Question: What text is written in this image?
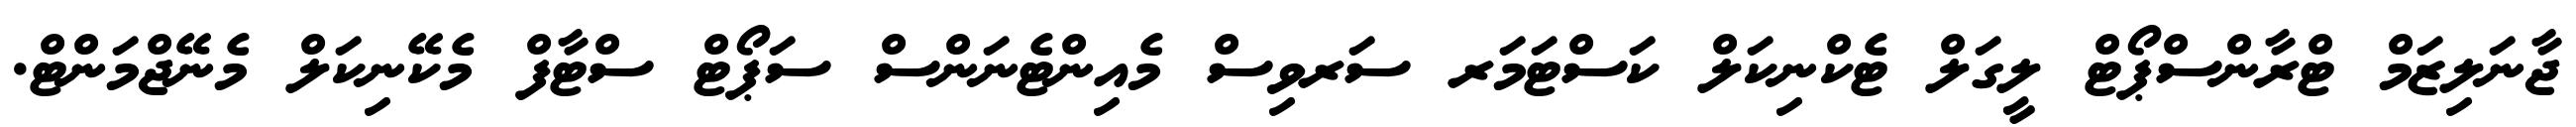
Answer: ޖާނަލިޒަމް ޓްރާންސްޕޯޓް ލީގަލް ޓެކްނިކަލް ކަސްޓަމަރ ސަރވިސް މެއިންޓެނަންސް ސަޕޯޓް ސްޓާފް މެކޭނިކަލް މެނޭޖްމަންޓް.